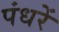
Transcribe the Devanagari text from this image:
पंधरें